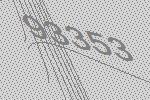
93353